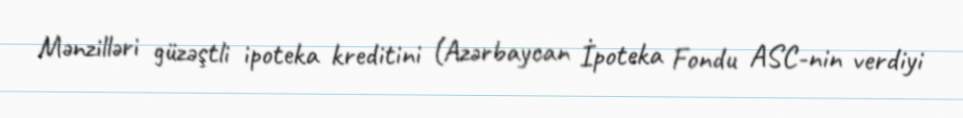
Mənzilləri güzəştli ipoteka kreditini (Azərbaycan İpoteka Fondu ASC-nin verdiyi